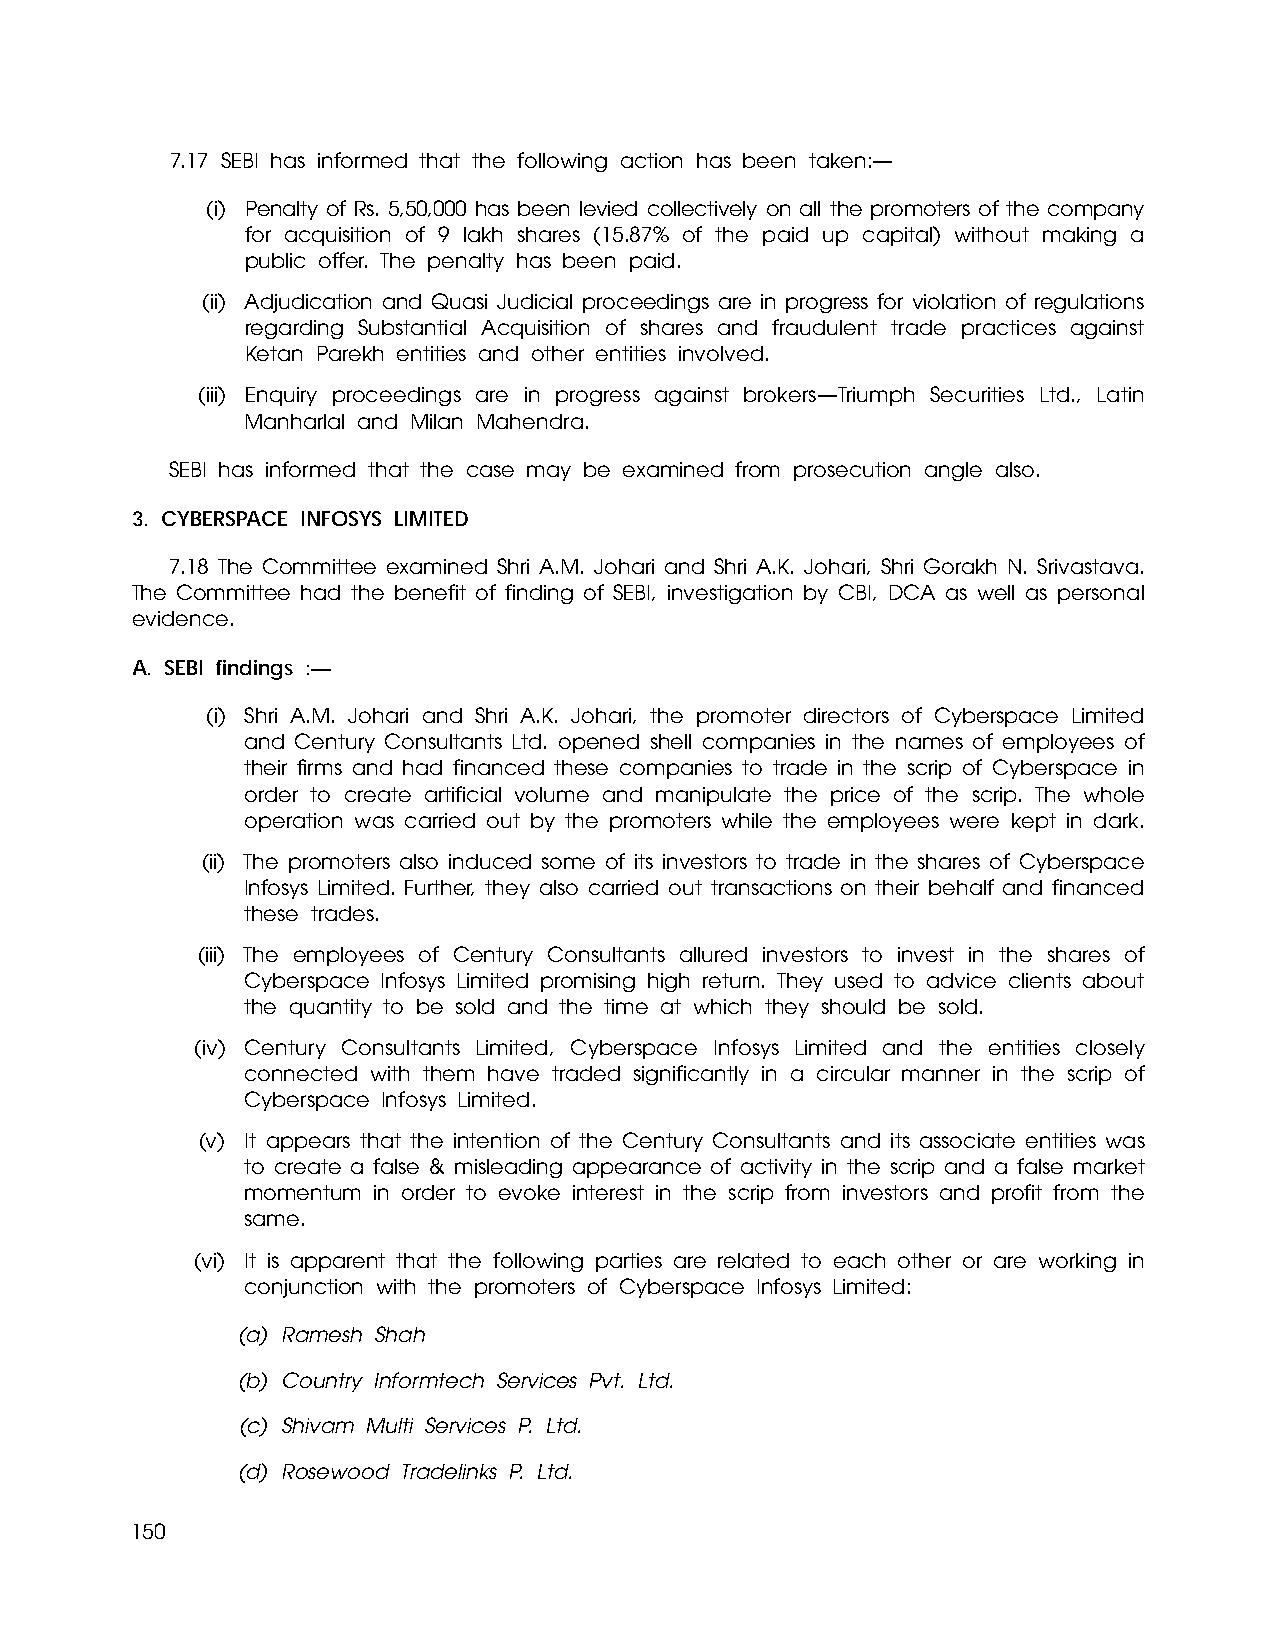
7.17 SEBI has informed that the following action has been taken:—
 (i) Penalty of Rs. 5,50,000 has been levied collectively on all the promoters of the company
 for acquisition of 9 lakh shares (15.87% of the paid up capital) without making a
 public offer. The penalty has been paid.
 (ii) Adjudication and Quasi Judicial proceedings are in progress for violation of regulations
 regarding Substantial Acquisition of shares and fraudulent trade practices against
 Ketan Parekh entities and other entities involved.
 (iii) Enquiry proceedings are in progress against brokers—Triumph Securities Ltd., Latin
 Manharlal and Milan Mahendra.
 SEBI has informed that the case may be examined from prosecution angle also.
 3. CYBERSPACE INFOSYS LIMITED
 7.18 The Committee examined Shri A.M. Johari and Shri A.K. Johari, Shri Gorakh N. Srivastava.
 The Committee had the benefit of finding of SEBI, investigation by CBI, DCA as well as personal
 evidence.
 A. SEBI findings :—
 (i) Shri A.M. Johari and Shri A.K. Johari, the promoter directors of Cyberspace Limited
 and Century Consultants Ltd. opened shell companies in the names of employees of
 their firms and had financed these companies to trade in the scrip of Cyberspace in
 order to create artificial volume and manipulate the price of the scrip. The whole
 operation was carried out by the promoters while the employees were kept in dark.
 (ii) The promoters also induced some of its investors to trade in the shares of Cyberspace
 Infosys Limited. Further, they also carried out transactions on their behalf and financed
 these trades.
 (iii) The employees of Century Consultants allured investors to invest in the shares of
 Cyberspace Infosys Limited promising high return. They used to advice clients about
 the quantity to be sold and the time at which they should be sold.
 (iv) Century Consultants Limited, Cyberspace Infosys Limited and the entities closely
 connected with them have traded significantly in a circular manner in the scrip of
 Cyberspace Infosys Limited.
 (v) It appears that the intention of the Century Consultants and its associate entities was
 to create a false & misleading appearance of activity in the scrip and a false market
 momentum in order to evoke interest in the scrip from investors and profit from the
 same.
 (vi) It is apparent that the following parties are related to each other or are working in
 conjunction with the promoters of Cyberspace Infosys Limited:
 (a) Ramesh Shah
 (b) Country Informtech Services Pvt. Ltd.
 (c) Shivam Multi Services P. Ltd.
 (d) Rosewood Tradelinks P. Ltd.
 150